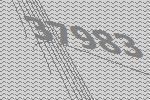
37983